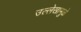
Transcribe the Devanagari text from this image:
उल्लेखामुळे